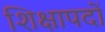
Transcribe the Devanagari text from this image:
शिक्षापदों